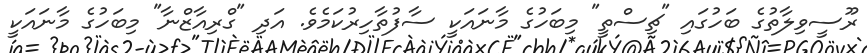
ރޫސީވިލާތުގެ ބަހުގައި "ޗިސްތީ" މިބަހުގެ މާނައަކީ ސާފުތާހިރުކަމެވެ. އަދި "ގްރިއާޒްނާ" މިބަހުގެ މާނައަކީ